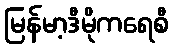
မြန်မာ့ဒီမိုကရေစီ